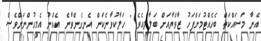
އޭނާ މަސައްކަތް ބެހެއްޓުމަށްފަހު ޒާވްޔާއަށް ބަލާލިއެވެ " ހަލާކުވާނެކަން އެނގެންވާނެ އެއްނު އެމީހުންނަށްވެސް